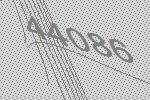
44086